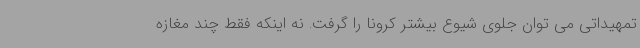
تمهیداتی می توان جلوی شیوع بیشتر کرونا را گرفت. نه اینکه فقط چند مغازه